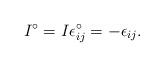
LaTeX: \begin{align*}I^\circ=I \epsilon_{ij}^\circ=-\epsilon_{ij}.\end{align*}